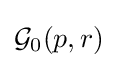
{\mathcal {G}}_{0}(p,r)